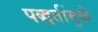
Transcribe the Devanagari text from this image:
पद्धतींमुळे